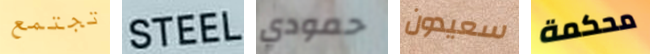
تجتمع STEEL حمودي سعيدون محكمة